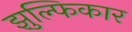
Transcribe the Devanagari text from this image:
झुल्फिकार